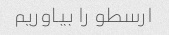
ارسطو را بیاوریم